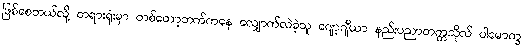
ဖြစ်စေတယ်လို့ တရားရုံးမှာ တစ်တော့ဘက်ကနေ လျှောက်လဲခဲ့သူ ဂျော့ဂျီယာ နည်းပညာတက္ကသိုလ် ပါမောက္ခ